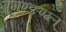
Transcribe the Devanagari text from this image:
म्रुगण्ङ्ण्ग्ल्